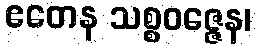
ဧတေန သစ္စဝဇ္ဇေန၊